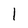
Character: 1